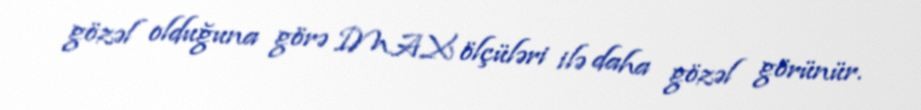
gözəl olduğuna görə IMAX ölçüləri ilə daha gözəl görünür.